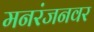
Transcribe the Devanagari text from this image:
मनरंजनवर